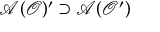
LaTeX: \mathcal { A } ( \mathcal { O } ) ^ { \prime } \supset \mathcal { A } ( \mathcal { O } ^ { \prime } )